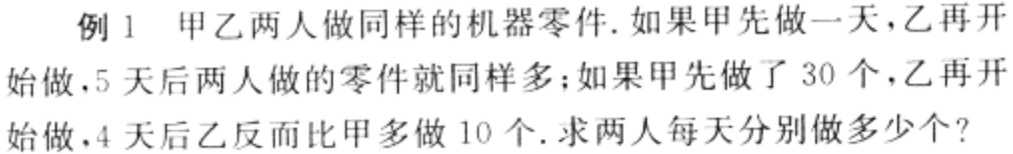
例1 甲乙两人做同样的机器零件.如果甲先做一天，乙再开始做，5天后两人做的零件就同样多；如果甲先做了30个，乙再开始做，4天后乙反而比甲多做10个.求两人每天分别做多少个？